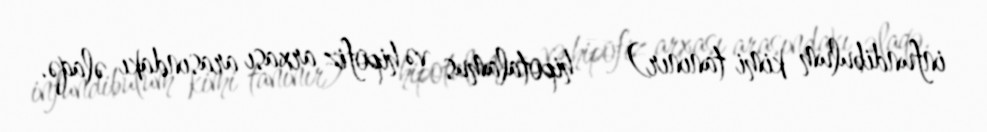
infundibulum kimi tanınır) — hipotalamus və hipofiz arxası arasındakı əlaqə.